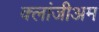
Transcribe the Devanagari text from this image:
क्लांजीअम